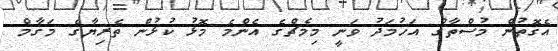
އެގޮތުން މުސްތާގް އަހުމަދު ވަނީ މިމެޗްގެ އެންމެ މޮޅު ކުޅުން ތެރިޔާގެ މަޤާމް